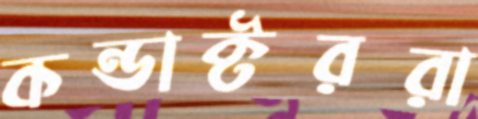
কন্ডাক্টররা